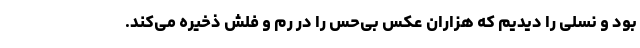
بود و نسلی را دیدیم که هزاران عکس بی‌حس را در رم و فلش ذخیره می‌کند.